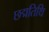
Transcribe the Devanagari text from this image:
छद्मतिथि